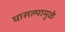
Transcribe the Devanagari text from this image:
घासल्यामुळे